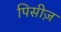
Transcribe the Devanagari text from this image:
पिसीज़